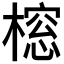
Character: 𬄔